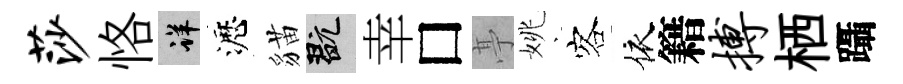
莎恪详瀝貓玩幸□𠅘姚客依籍搏栖躡